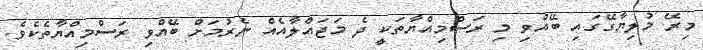
މިރޭ މުލިޔާގޭގައި ބޭއްވި މި ރަސްމިއްޔާތަކީ ދެ މަޖައްލާއެއް ނެރުމަށް ބޭއްވި ރަސްމިއްޔާތެކެވެ.